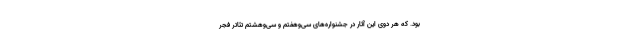
بود. که هر دوی این آثار در جشنواره‌های سی‌وهفتم و سی‌وهشتم تئاتر فجر